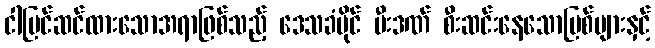
ငါပြင်ဆင်ထားသောအရာဖြစ်သည့် ဒေသခံပိုင် မီးဒဏ် စီးဆင်းနေသောမြစ်များနှင့်